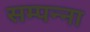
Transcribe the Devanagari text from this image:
सम्पन्ना